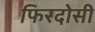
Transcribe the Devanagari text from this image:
फिरदोसी